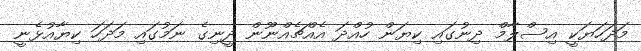
މަދަހަޔަކީ އިސްލާމް ދިނުގައި ކިޔަން ހުއްދަ އެއްޗެއްނޫން ދީނިގެ ނަމުގައި މަދަހަ ކިޔާއުޅެނީ